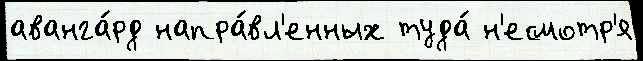
аванга́рд напра́вл'енных туда́ н'есмотр'я